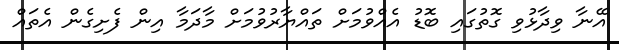
އޭނާ ވިދާޅުވި ގޮތުގައި ބޮޑު އެއްވުމަށް ތައްޔާރުވުމަށް މާދަމާ އިން ފެށިގެން އެތައް